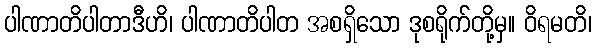
ပါဏာတိပါတာဒီဟိ၊ ပါဏာတိပါတ အစရှိသော ဒုစရိုက်တို့မှ။ ဝိရမတိ၊